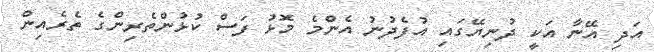
އަދި އޭނާ އަކީ ދުނިޔޭގައި އުފެދުނު އެންމެ މޮޅު ފަސް ކުޅުންތެރިންގެ ތެރެއިން